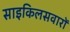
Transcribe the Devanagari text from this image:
साइकिलसवारों